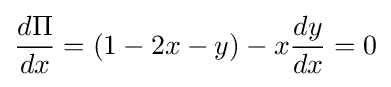
{\frac {d\Pi }{dx}}=(1-2x-y)-x{\frac {dy}{dx}}=0